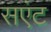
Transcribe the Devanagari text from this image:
सएंट